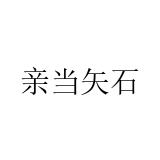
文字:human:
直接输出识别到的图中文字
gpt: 亲当矢石